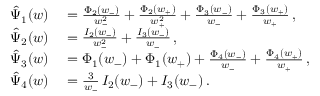
\begin{array} { r l } { \hat { \Psi } _ { 1 } ( w ) } & { { } = \frac { \Phi _ { 2 } ( w _ { - } ) } { w _ { - } ^ { 2 } } + \frac { \Phi _ { 2 } ( w _ { + } ) } { w _ { + } ^ { 2 } } + \frac { \Phi _ { 3 } ( w _ { - } ) } { w _ { - } } + \frac { \Phi _ { 3 } ( w _ { + } ) } { w _ { + } } \, , } \\ { \hat { \Psi } _ { 2 } ( w ) } & { { } = \frac { I _ { 2 } ( w _ { - } ) } { w _ { - } ^ { 2 } } + \frac { I _ { 3 } ( w _ { - } ) } { w _ { - } } \, , } \\ { \hat { \Psi } _ { 3 } ( w ) } & { { } = \Phi _ { 1 } ( w _ { - } ) + \Phi _ { 1 } ( w _ { + } ) + \frac { \Phi _ { 4 } ( w _ { - } ) } { w _ { - } } + \frac { \Phi _ { 4 } ( w _ { + } ) } { w _ { + } } \, , } \\ { \hat { \Psi } _ { 4 } ( w ) } & { { } = \frac { 3 } { w _ { - } } \, I _ { 2 } ( w _ { - } ) + I _ { 3 } ( w _ { - } ) \, . } \end{array}